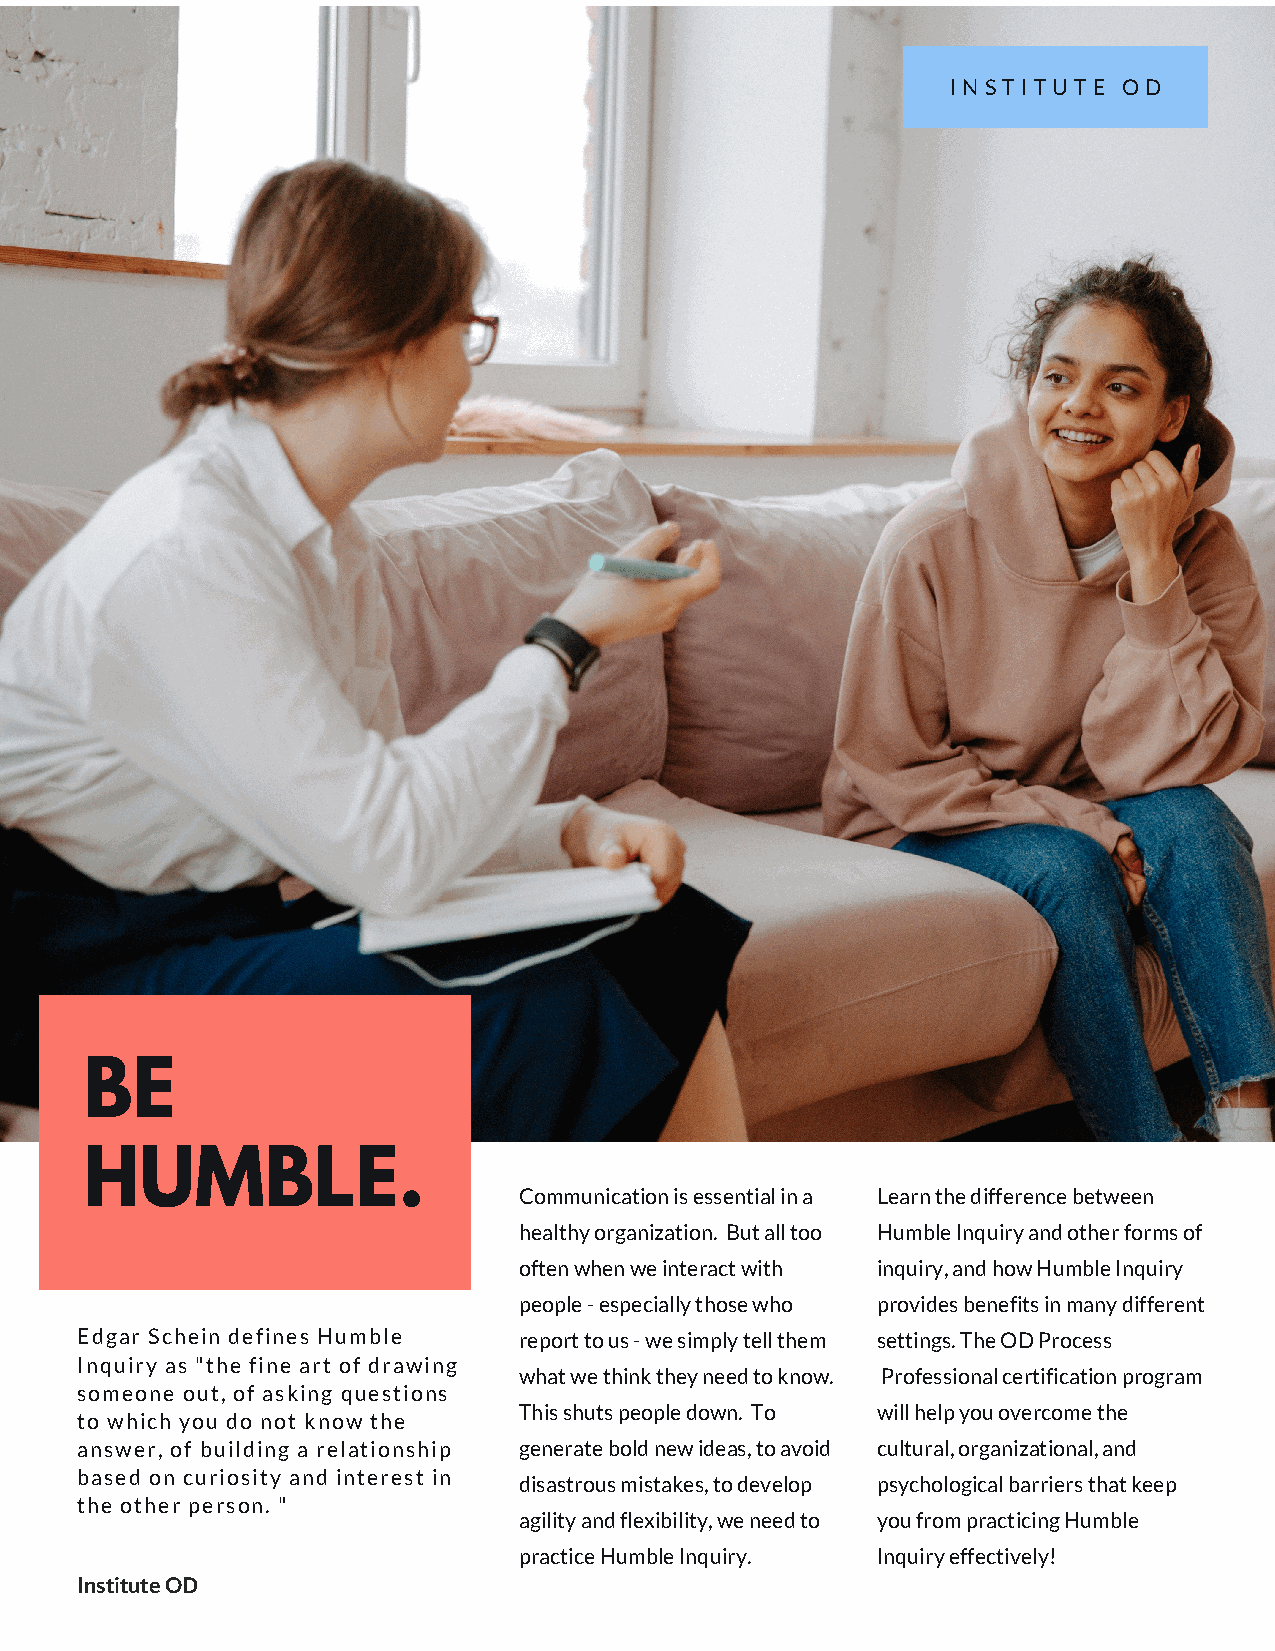
INSTITUTE  OD
 BE
 HUMBLE.
 Communication is essential in a Learn the difference between
 healthy organization. But all too Humble Inquiry and other forms of
 often when we interact with inquiry, and how Humble Inquiry
 people - especially those who provides benefits in many different
 Edgar Schein defines Humble  report to us - we simply tell them settings. The OD Process
 Inquiry as "the fine art of drawing
 what we think they need to know. Professional certification program
 someone out, of asking questions
 This shuts people down. To will help you overcome the
 to which you do not know the
 answer, of building a relationship generate bold new ideas, to avoid cultural, organizational, and
 based on curiosity and interest in
 disastrous mistakes, to develop psychological barriers that keep
 the other person. "
 agility and flexibility, we need to you from practicing Humble
 practice Humble Inquiry. Inquiry effectively!
 Institute OD